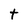
Character: t